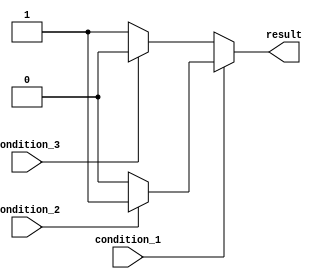
module nested_if_else(
    input wire condition_1,
    input wire condition_2,
    input wire condition_3,
    output reg result
);

always @(*)
begin
    if (condition_1)
    begin
        if (condition_2)
        begin
            result = 1; // Both condition_1 and condition_2 are true
        end
        else
        begin
            result = 0; // Only condition_1 is true
        end
    end
    else if (condition_3)
    begin
        result = 2; // Only condition_3 is true
    end
    else
    begin
        result = 3; // None of the conditions are true
    end
end

endmodule